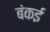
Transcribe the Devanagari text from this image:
बंकई